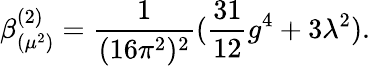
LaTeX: \beta_{(\mu^{2})}^{(2)}=\frac{1}{(16\pi^{2})^{2}}(\frac{31}{12}g^{4}+3\lambda^{2}).